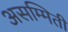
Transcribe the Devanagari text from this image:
असम्मिती